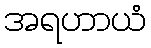
အရဟာယံ